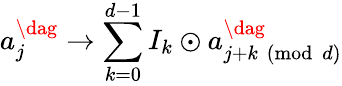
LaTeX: a_{j}^{\dag}\rightarrow\sum_{k=0}^{d-1}I_{k}\odot a_{{j+k}\pmod{d}}^{\dag}